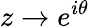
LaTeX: z\to e^{i\theta}